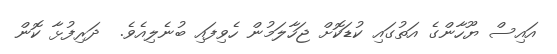
އައިސް ޔޫހާންގެ އަތުގައި ކުޑަކޮށް ޖަހާލަމުން ހެވިފައި ބުނެލިއެވެ.  ދަރިފުޅާ ކޮން